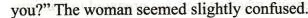
you?" The woman seemed slightly confused.